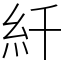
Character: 䊹